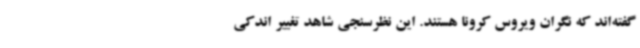
گفته‌اند که نگران ویروس کرونا هستند. این نظرسنجی شاهد تغییر اندکی